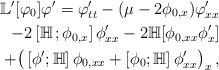
\begin{align*}\mathbb{L}^\prime[\varphi_0]\varphi^\prime=\varphi^\prime_{tt} - {\left(\mu-2\phi_{0,x}\right)}\varphi^\prime_{xx}\\-2\left[\mathbb H\,;\phi_{0,x}\right]\phi^\prime_{xx}-2\mathbb H[\phi_{0,xx}\phi^\prime_x]\\+\big(\left[\phi^\prime;\mathbb H\right]\phi_{0,xx}+{ \left[\phi_0;\mathbb H\right]\phi^\prime_{xx}\big)_x}\,,\end{align*}